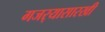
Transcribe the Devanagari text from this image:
गजर्‍यासारखी